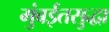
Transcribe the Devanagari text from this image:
मुंबईतसुद्धा